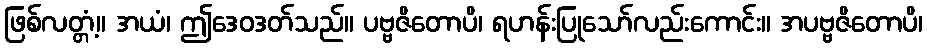
ဖြစ်လတ္တံ့။ အယံ၊ ဤဒေဝဒတ်သည်။ ပဗ္ဗဇိတောပိ၊ ရဟန်းပြုသော်လည်းကောင်း။ အပဗ္ဗဇိတောပိ၊